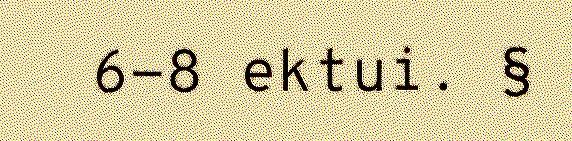
6-8 ektui. §